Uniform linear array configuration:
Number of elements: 8
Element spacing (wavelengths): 0.5
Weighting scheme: kaiser
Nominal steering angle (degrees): -15
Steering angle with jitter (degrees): -14.921
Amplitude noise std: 0.05
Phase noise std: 0.05

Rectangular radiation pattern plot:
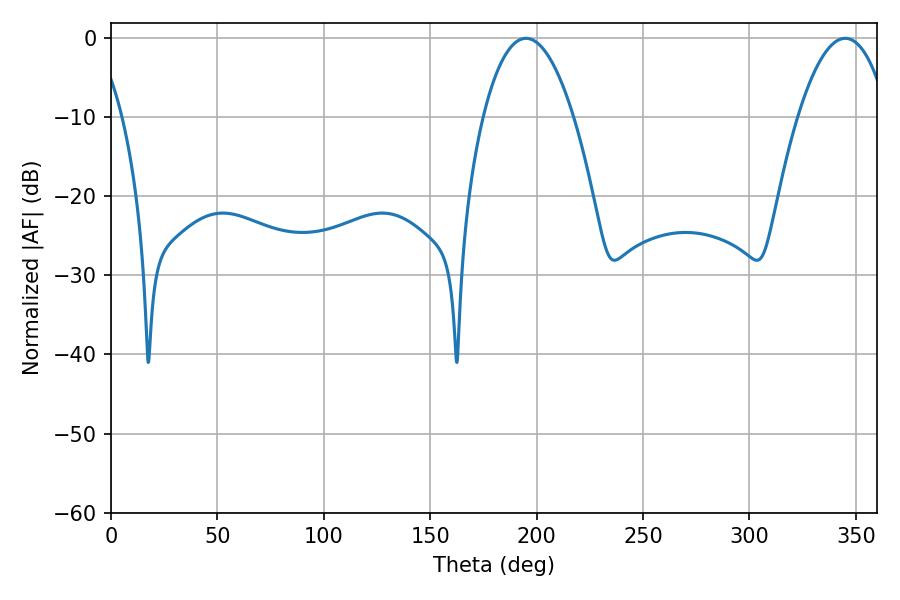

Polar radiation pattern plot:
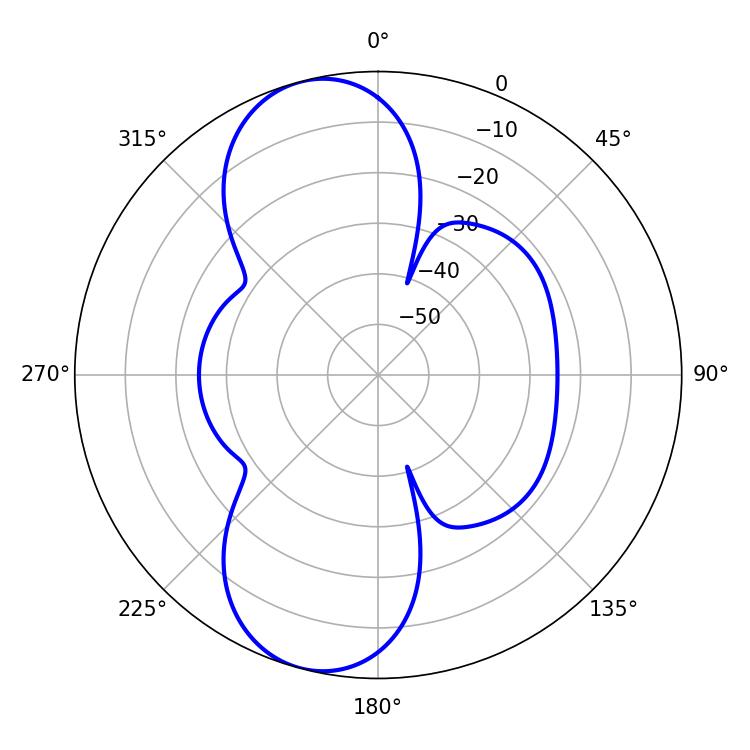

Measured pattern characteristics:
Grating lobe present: FALSE
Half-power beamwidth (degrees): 23.58
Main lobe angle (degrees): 194.94